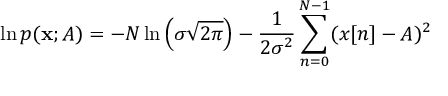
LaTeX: \ln p ( \mathbf { x } ; A ) = - N \ln \left( \sigma { \sqrt { 2 \pi } } \right) - { \frac { 1 } { 2 \sigma ^ { 2 } } } \sum _ { n = 0 } ^ { N - 1 } ( x [ n ] - A ) ^ { 2 }